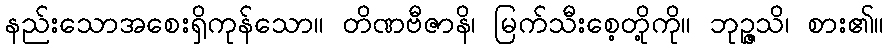
နည်းသောအစေးရှိကုန်သော။ တိဏဗီဇာနိ၊ မြက်သီးစေ့တို့ကို။ ဘုဉ္ဇသိ၊ စား၏။